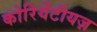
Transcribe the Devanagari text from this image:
कोरियेंटीयज़